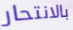
بالانتحار